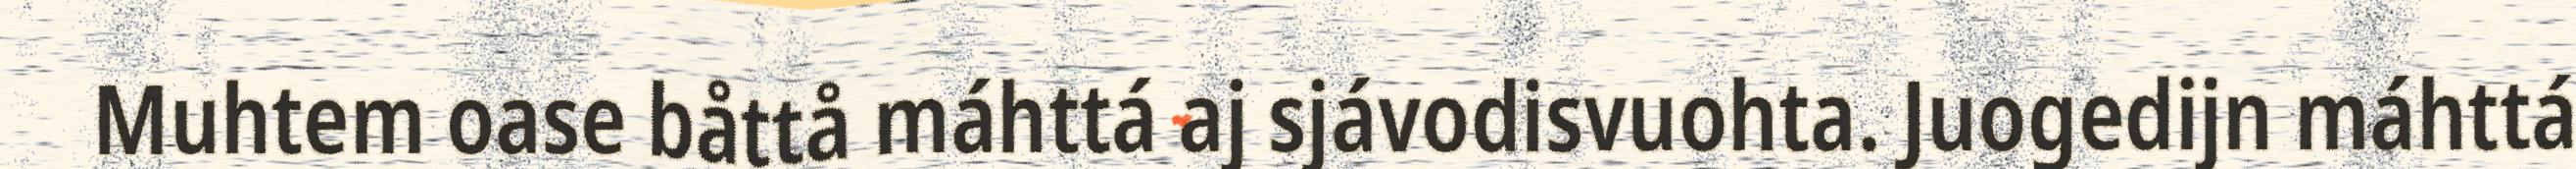
Muhtem oase båttå máhttá aj sjávodisvuohta. Juogedijn máhttá